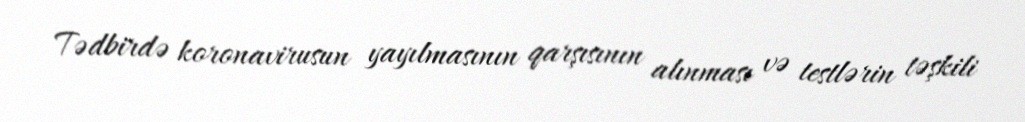
Tədbirdə koronavirusun yayılmasının qarşısının alınması və testlərin təşkili